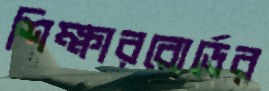
শিক্ষারবোর্ডের